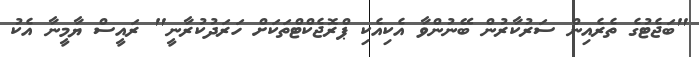
"ބަޖެޓުގެ ތެރެއިން ސަރުކާރުން ބޭނުންވާ އެކިއެކި ޕްރޮޖެކްޓްތަކަށް ހަރަދުކުރާނީ" ރައީސް ޔާމީނާ އެކު